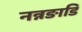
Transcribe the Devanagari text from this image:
नन्नङाडि